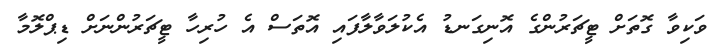
ވަކިވާ ގޮތަށް ޓީޗަރުންގެ އޮނިގަނޑު އެކުލަވާލާފައި އޮތަސް އެ ހުރިހާ ޓީޗަރުންނަށް ޑިޕްލޮމާ